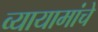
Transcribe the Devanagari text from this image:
व्यायामांचे